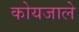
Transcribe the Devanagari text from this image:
कोयजाले